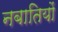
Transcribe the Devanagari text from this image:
नबातियों